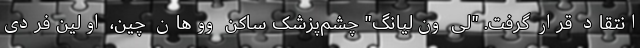
انتقاد قرار گرفت. "لی ون‌لیانگ" چشم‌پزشک ساکن ووهان چین، اولین فردی